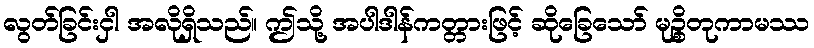
လွတ်ခြင်းငှါ အလိုရှိသည်။ ဤသို့ အပါဒါန်ကတ္တားဖြင့် ဆိုခြေသော် မုဉ္စိတုကာမဿ